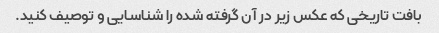
بافت تاریخی که عکس زیر در آن گرفته شده را شناسایی و توصیف کنید.